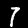
Label: 7